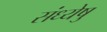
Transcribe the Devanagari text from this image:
संध्येषु